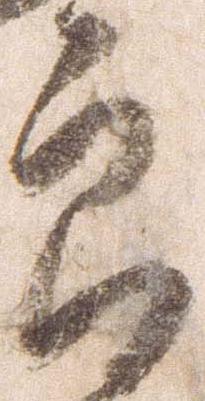
郎